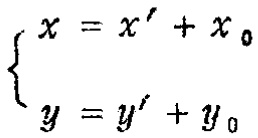
\[\begin{cases}
x = x' + x_0 \\
y = y' + y_0
\end{cases}\]